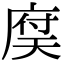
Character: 𢉶